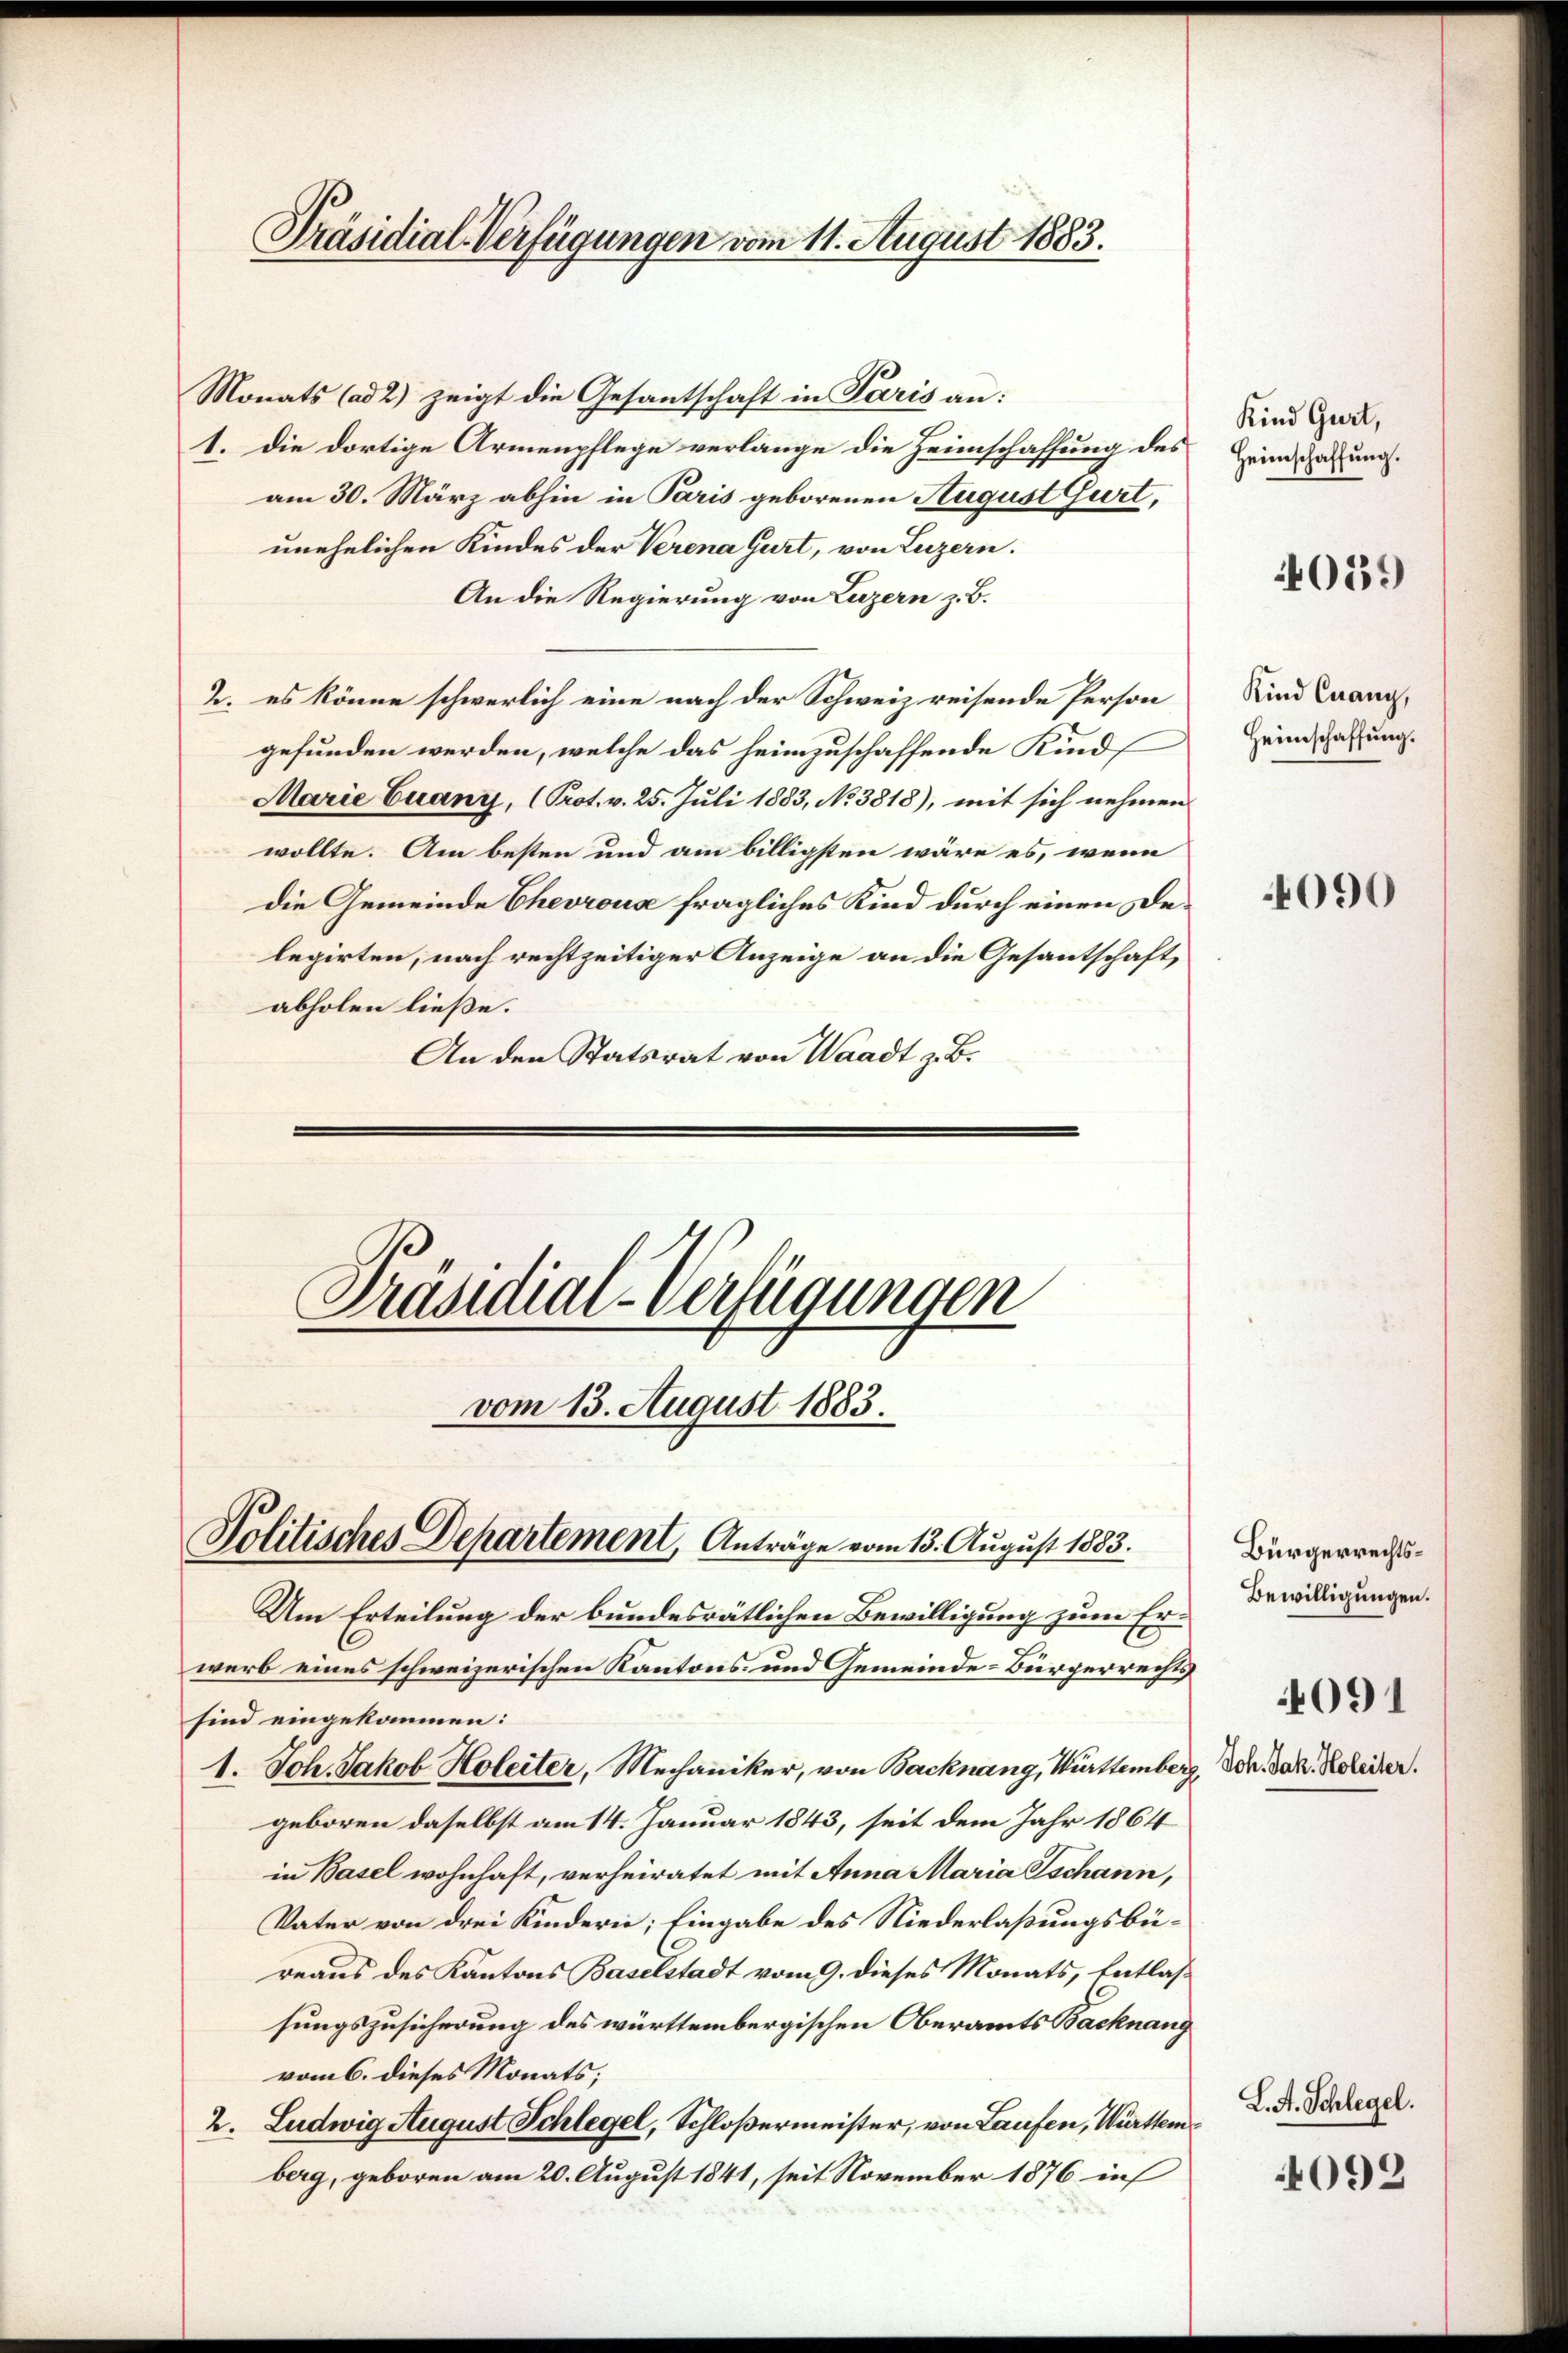
Präsidial-Verfügungen vom 11. August 1883.

Monats (ad 2) zeigt die Gesantschaft in Paris an:
1. die dortige Armenpflege verlange die Heimschaffung des Heimschaftung.
am 30. März abhin in Paris geborenen August Gurt,
unehelichen Kindes der Verena Gurt, von Luzern.
An die Regierung von Luzern z. B.
2. es könne schwerlich eine nach der Schweiz reisende Person
gefunden werden, welche das heimzuschaffende Kind
Marie Cuany, (Prot. v. 25. Juli 1883, No 3818), mit sich nehmen
wollte. Am besten und am billigsten wäre es, wenn
die Gemeinde Chevroua fragliches Kind durch einen Delegirten, nach rechtzeitiger Anzeige an die Gesantschaft,
abholen ließe.
An den Statsrat von Waadt z. B.

Präsidial-Verfügungen
vom 13. August 1883.
Politisches Departement, Anträge vom 13. August 1883.

Um Erteilung der bundesrätlichen Bewilligung zum Erwerb eines schweizerischen Kantons- und Gemeinde-Bürgerrechts
sind eingekommen:
1. Joh. Jakob Holeiter, Mechaniker, von Backnang, Württemberg,
geboren daselbst am 14. Januar 1843, seit dem Jahr 1864
in Basel wohnhaft, verheiratet mit Anna Maria Ischann,
Vater von drei Kindern; Eingabe des Niederlaßungsbüreaus des Kantons Baselstadt vom 9. dieses Monats, Entlassungszusicherung des württembergischen Oberamts Backnang
vom 6. dieses Monats;
2. Ludwig August Schlegel, Schloßermeister, von Laufen, Württemberg, geboren am 20. August 1841, seit November 1876 in

Kind Gurt,

059

Kind Cuany,
Heimschaffung.

4090

Bürgerrechts¬
Bewilligungen.

4091

Joh. Jak. Holeiter.

L. A. Schlegel.

4092